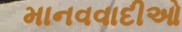
માનવવાદીઓ